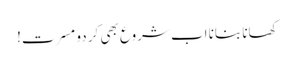
کھانا بنانا اب شروع بھی کر دو مسرت!